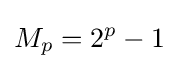
M_{p}=2^{p}-1